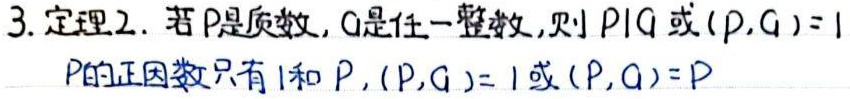
3. 定理2. 若$p$是质数，$q$是任一整数，则$p\mid q$或$(p,q)=1$

$p$的正因数只有$1$和$p$，$(p,q)=1$或$(p,q)=p$